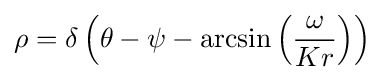
\rho =\delta \left(\theta -\psi -\arcsin \left({\frac {\omega }{Kr}}\right)\right)